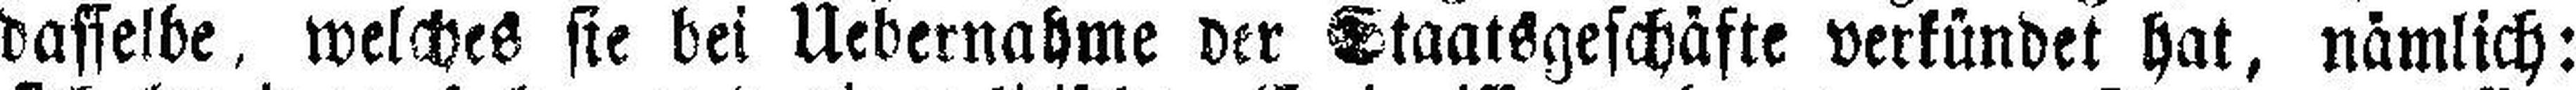
dasselbe, welches sie bei Uebernahme der Staatsgeschäfte verkündet hat, nämlich: